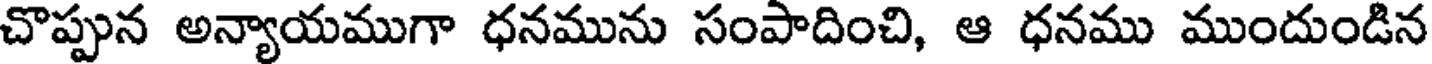
చొప్పున అన్యాయముగా ధనమును సంపాదించి, ఆ ధనము ముందుండిన